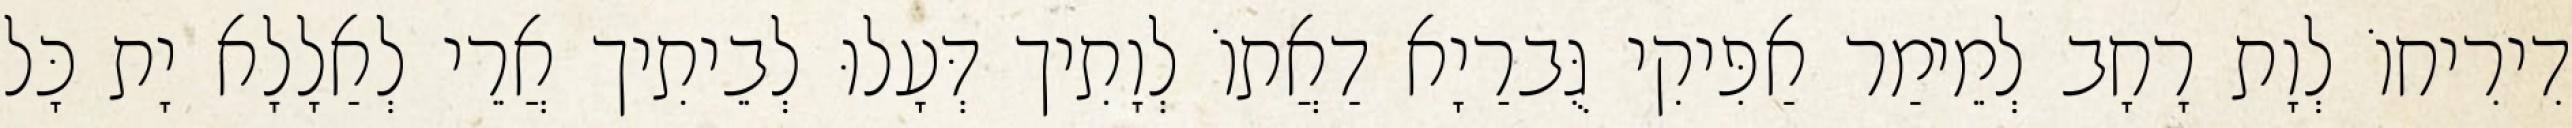
דִירִיחוֹ לְוָת רָחָב לְמֵימַר אַפִּיקִי גֻּברַיָא דַאֲתוֹ לְוָתִיך דְּעָלוּ לְבֵיתִיך אֲרֵי לְאַלָלָא יָת כָּל